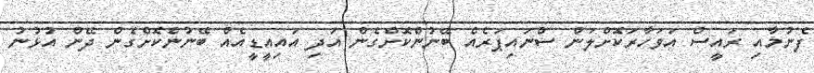
ފެނުމާއި ރައީސް އަވަހާރަކޮށްލަން ސްނައިޕަރެއް ބޭނުންކޮށްގެން އަދި އައިއީޑީއެއް ބޭނުންކޮށްގެން ދޭން އުޅުނު